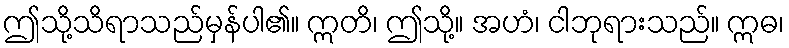
ဤသို့သိရာသည်မှန်ပါ၏။ ဣတိ၊ ဤသို့။ အဟံ၊ ငါဘုရားသည်။ ဣဓ၊